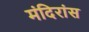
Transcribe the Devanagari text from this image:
मंदिरांस